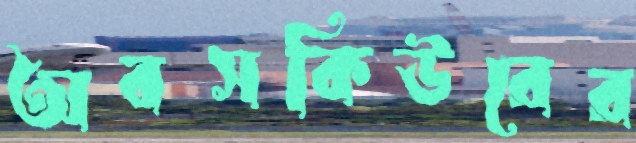
অবসকিউরের